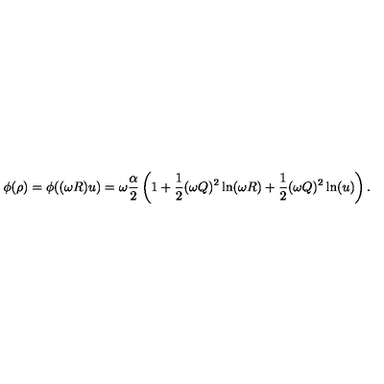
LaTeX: \phi ( \rho ) = \phi ( ( \omega R ) u ) = \omega \frac { \alpha } { 2 } \left( 1 + \frac { 1 } { 2 } ( \omega Q ) ^ { 2 } \ln ( \omega R ) + \frac { 1 } { 2 } ( \omega Q ) ^ { 2 } \ln ( u ) \right) .